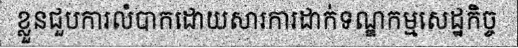
ខ្លួនជួបការលំបាកដោយសារការដាក់ទណ្ឌកម្មសេដ្ឋកិច្ច